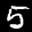
Label: 5